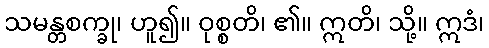
သမန္တစက္ခု၊ ဟူ၍။ ဝုစ္စတိ၊ ၏။ ဣတိ၊ သို့။ ဣဒံ၊